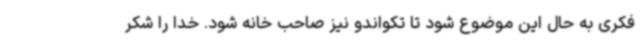
فکری به حال این موضوع شود تا تکواندو نیز صاحب خانه شود. خدا را شکر